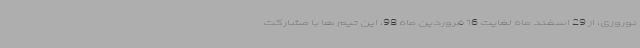
نوروزی، از 29 اسفند ماه لغایت 16 فروردین ماه 98، این تیم ها با مشارکت